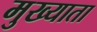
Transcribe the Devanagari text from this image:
मुख्याता